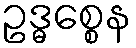
ဥဒ္ဓစ္စေန